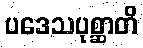
ပဒေသပုစ္ဆာတိ